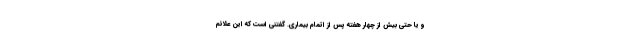
و یا حتی بیش از چهار هفته پس از اتمام بیماری. گفتنی است که این علائم